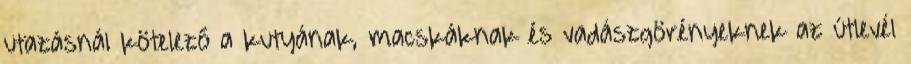
utazásnál kötelező a kutyának, macskáknak és vadászgörényeknek az útlevél